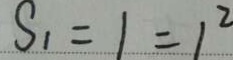
S _ { 1 } = 1 = 1 ^ { 2 }